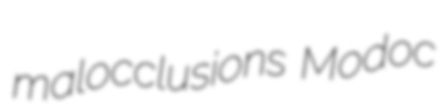
malocclusions Modoc